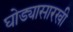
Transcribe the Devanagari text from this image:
घोड्यासारखी